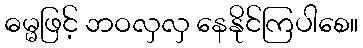
ဓမ္မဖြင့် ဘဝလှလှ နေနိုင်ကြပါစေ။